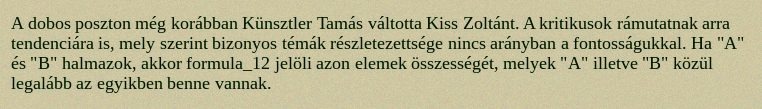
A dobos poszton még korábban Künsztler Tamás váltotta Kiss Zoltánt. A kritikusok rámutatnak arra tendenciára is, mely szerint bizonyos témák részletezettsége nincs arányban a fontosságukkal. Ha "A" és "B" halmazok, akkor formula_12 jelöli azon elemek összességét, melyek "A" illetve "B" közül legalább az egyikben benne vannak.